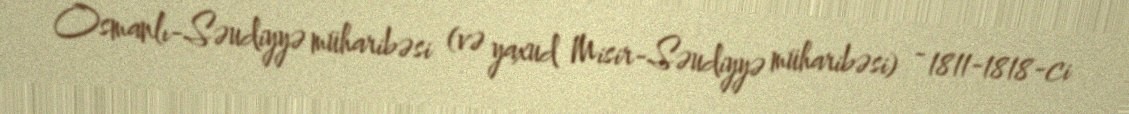
Osmanlı-Səudiyyə müharibəsi (və yaxud Misir-Səudiyyə müharibəsi) - 1811-1818-ci